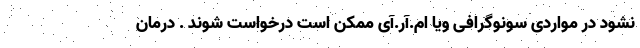
نشود در مواردی سونوگرافی ویا ام.آر.آی ممکن است درخواست شوند . درمان